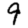
Digit: 9